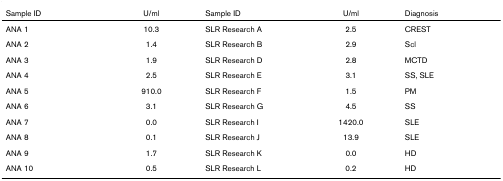
<table><thead><tr><td><b>Sample ID</b></td><td><b>U/ml</b></td><td><b>Sample ID</b></td><td><b>U/ml</b></td><td><b>Diagnosis</b></td></tr></thead><tbody><tr><td>ANA 1</td><td>10.3</td><td>SLR Research A</td><td>2.5</td><td>CREST</td></tr><tr><td>ANA 2</td><td>1.4</td><td>SLR Research B</td><td>2.9</td><td>Scl</td></tr><tr><td>ANA 3</td><td>1.9</td><td>SLR Research D</td><td>2.8</td><td>MCTD</td></tr><tr><td>ANA 4</td><td>2.5</td><td>SLR Research E</td><td>3.1</td><td>SS, SLE</td></tr><tr><td>ANA 5</td><td>910.0</td><td>SLR Research F</td><td>1.5</td><td>PM</td></tr><tr><td>ANA 6</td><td>3.1</td><td>SLR Research G</td><td>4.5</td><td>SS</td></tr><tr><td>ANA 7</td><td>0.0</td><td>SLR Research I</td><td>1420.0</td><td>SLE</td></tr><tr><td>ANA 8</td><td>0.1</td><td>SLR Research J</td><td>13.9</td><td>SLE</td></tr><tr><td>ANA 9</td><td>1.7</td><td>SLR Research K</td><td>0.0</td><td>HD</td></tr><tr><td>ANA 10</td><td>0.5</td><td>SLR Research L</td><td>0.2</td><td>HD</td></tr></tbody></table>